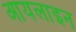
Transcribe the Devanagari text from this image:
आयलाइन